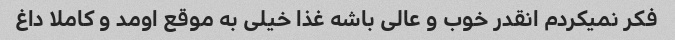
فکر نمیکردم انقدر خوب و عالی باشه غذا خیلی به موقع اومد و کاملا داغ